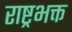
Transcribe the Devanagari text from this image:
राष्ट्रभक्त